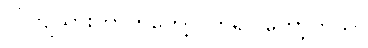
လဲကျသွားတာကိုတွေ့လိုက်ရပါတော့တယ်။